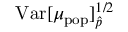
\mathrm { V a r } [ \mu _ { \mathrm { p o p } } ] _ { \hat { p } } ^ { 1 / 2 }